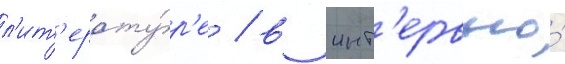
л'ит'ерату́р'е / в инт'ервью́